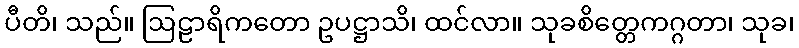
ပီတိ၊ သည်။ ဩဠာရိကတော ဥပဋ္ဌာသိ၊ ထင်လာ။ သုခစိတ္တေကဂ္ဂတာ၊ သုခ၊